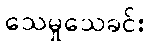
သေမှုသေခင်း